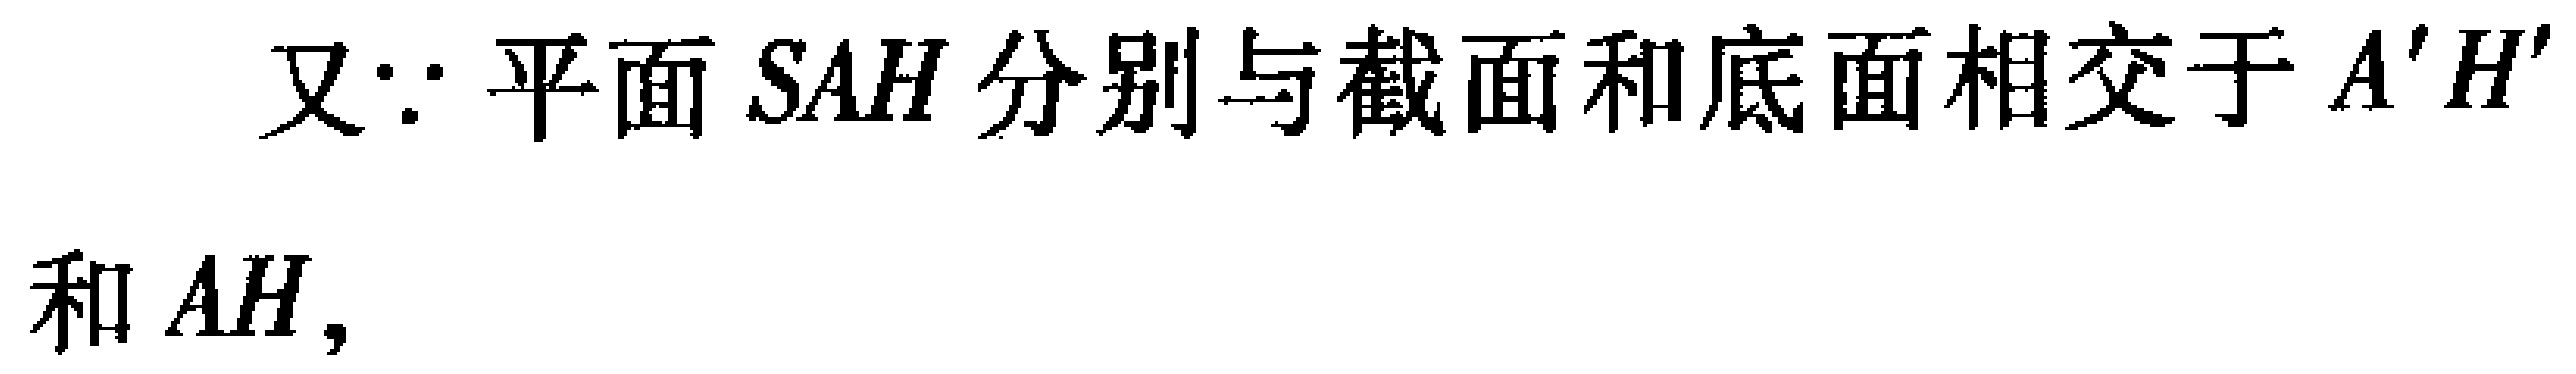
又\(\because\)平面 \(SAH\) 分别与截面和底面相交于 \(A'H'\) 和 \(AH\)，